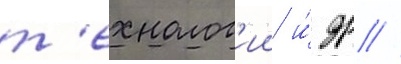
т'ехнолог'ии и́ др //